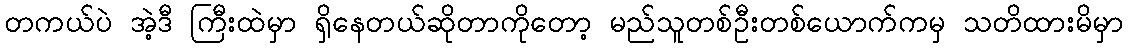
တကယ်ပဲ အဲ့ဒီ ကြီးထဲမှာ ရှိနေတယ်ဆိုတာကိုတော့ မည်သူတစ်ဦးတစ်ယောက်ကမှ သတိထားမိမှာ